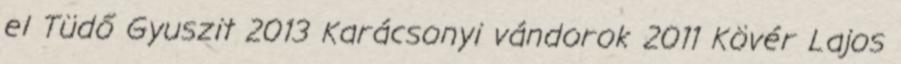
el Tüdő Gyuszit 2013 Karácsonyi vándorok 2011 Kövér Lajos